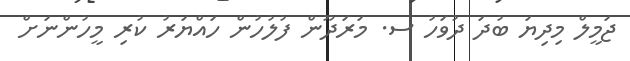
ޖަމީލް މިދިޔަ ބުދަ ދުވަހު ސ. މަރަދޫން ފުލުހުން ހައްޔަރު ކުރި މީހުންނަށް